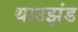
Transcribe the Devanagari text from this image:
थाउझंड